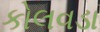
કોલવડા